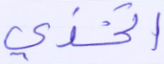
اتخذي